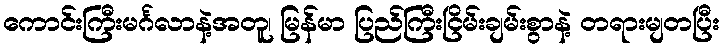
ကောင်းကြီးမင်္ဂလာနဲ့အတူ၊ မြန်မာ ပြည်ကြီးငြိမ်းချမ်းစွာနဲ့ တရားမျတပြီး